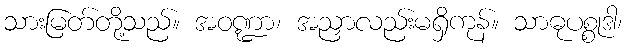
သားမြတ်တို့သည်။ အဝဏ္ဍာ၊ အညှာလည်းမရှိကုန်။ သာဓုပစ္စုဒါ၊